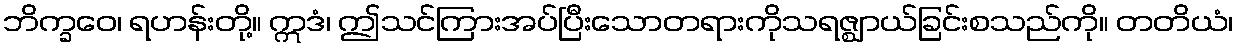
ဘိက္ခဝေ၊ ရဟန်းတို့။ ဣဒံ၊ ဤသင်ကြားအပ်ပြီးသောတရားကိုသရဇ္ဈာယ်ခြင်းစသည်ကို။ တတိယံ၊